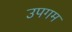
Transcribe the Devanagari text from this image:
उपगम